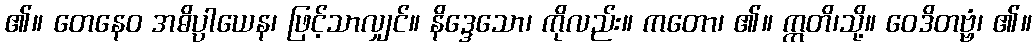
၏။ တေနေဝ အဓိပ္ပါယေန၊ ဖြင့်သာလျှင်။ နိဒ္ဒေသော၊ ကိုလည်း။ ကတော၊ ၏။ ဣတိ၊သို့။ ဝေဒိတဗ္ဗံ၊ ၏။